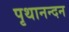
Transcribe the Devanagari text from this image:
पृथानन्दन